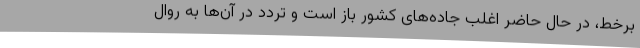
برخط، در حال حاضر اغلب جاده‌های کشور باز است و تردد در آن‌ها به روال